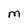
Character: M